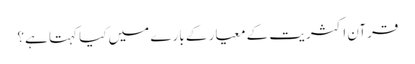
قرآن اکثریت کے معیار کے بارے میں کیا کہتا ہے؟